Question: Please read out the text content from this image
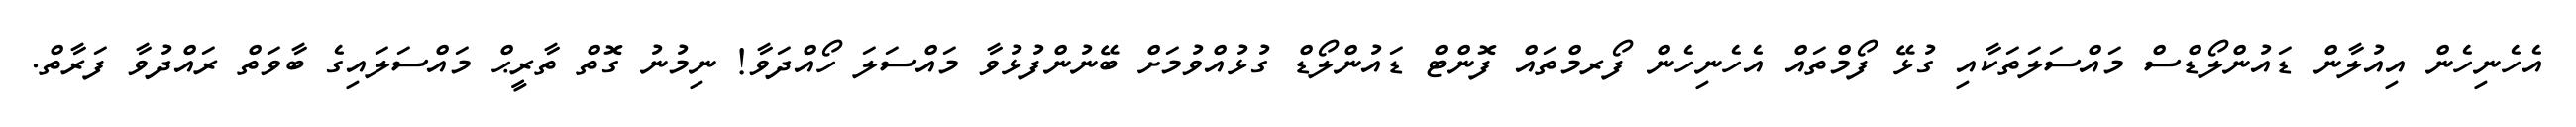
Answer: އެހެނިހެން އިއުލާން ޑައުންލޯޑްސް މައްސަލަތަކާއި ގުޅޭ ފޯމްތައް އެހެނިހެން ފޯރމްތައް ފޮންޓް ޑައުންލޯޑް ގުޅުއްވުމަށް ބޭނުންފުޅުވާ މައްސަލަ ހޯއްދަވާ! ނިމުނު ގޮތް ތާރީޙް މައްސަލައިގެ ބާވަތް ރައްދުވާ ފަރާތް.